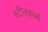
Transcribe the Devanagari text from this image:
स्टीलबर्थ्स